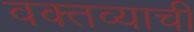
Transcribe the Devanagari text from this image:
वक्तव्याची